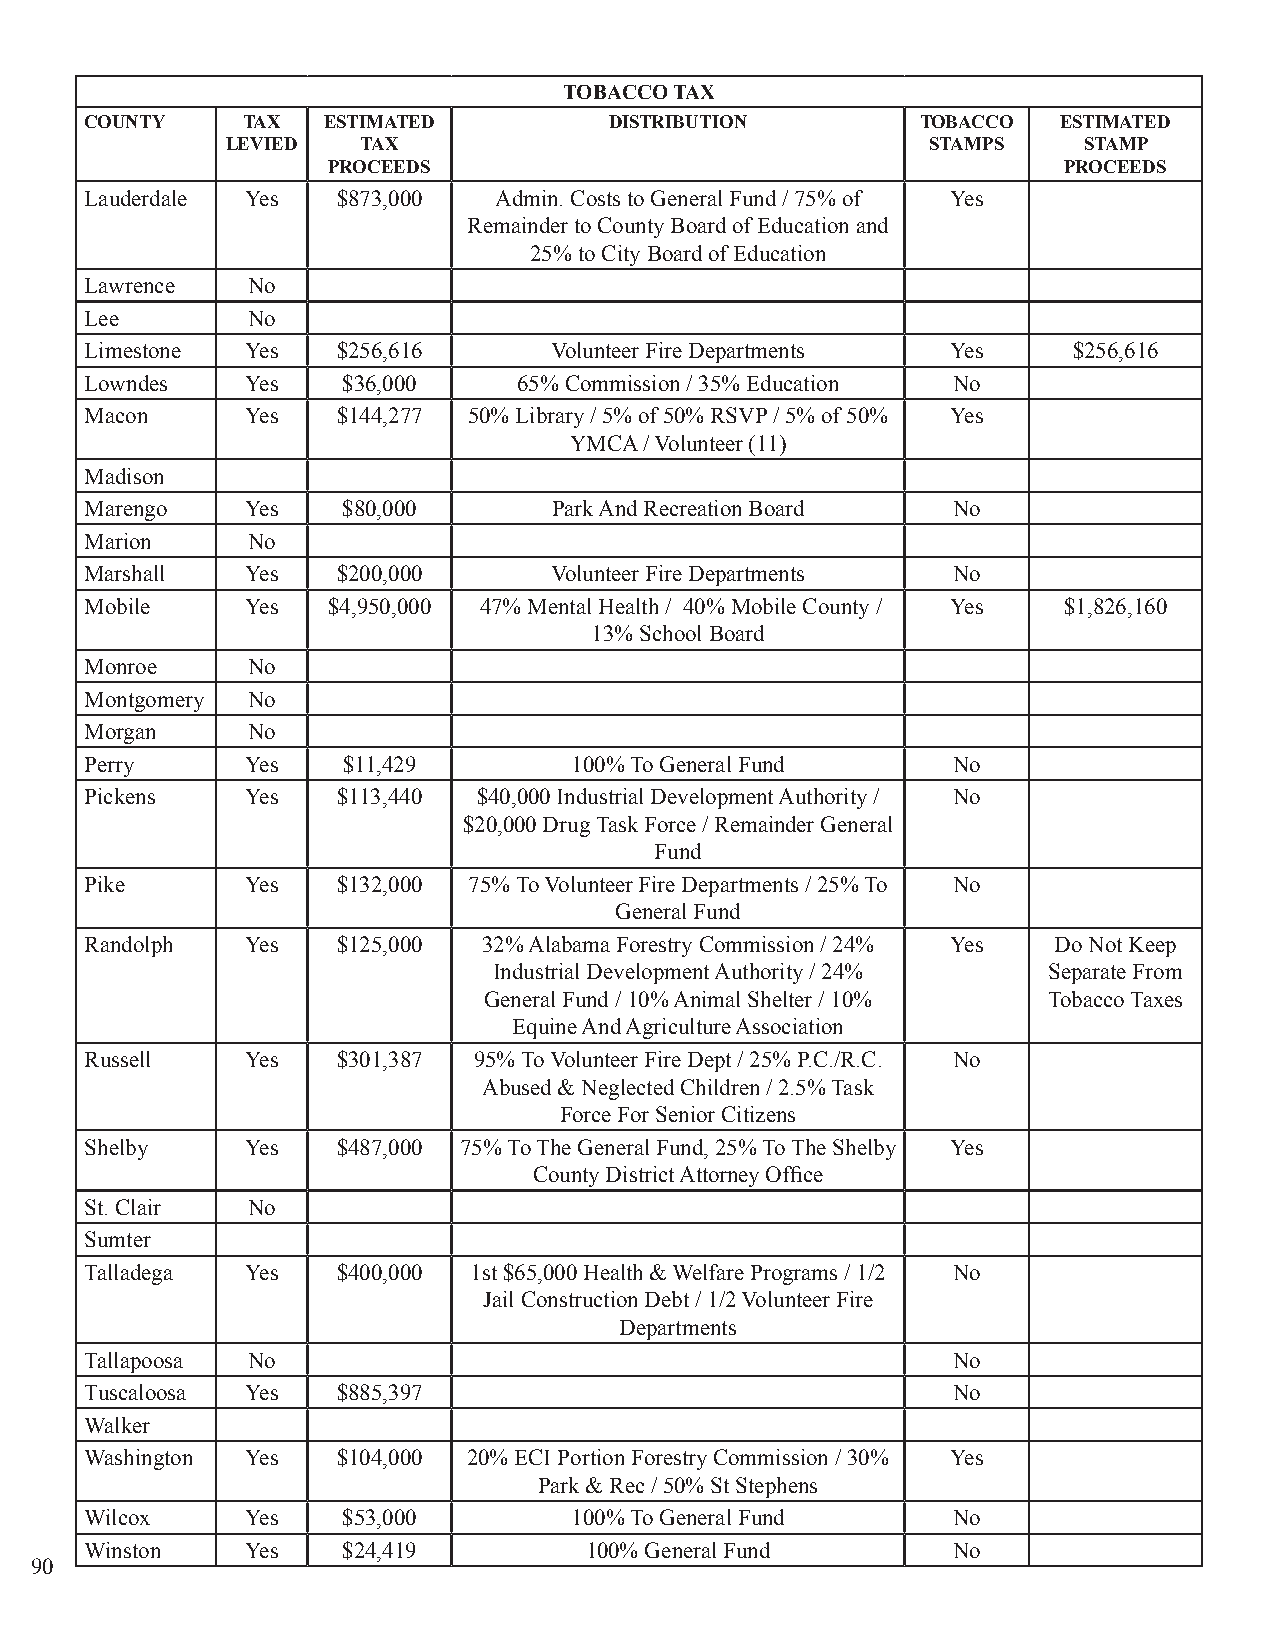
TOBACCO TAX
 COUNTY    TAX  ESTIMATED          DISTRIBUTION         TOBACCO  ESTIMATED
 LEVIED   TAX                                   STAMPS    STAMP
 PROCEEDS                                        PROCEEDS
 Lauderdale Yes  $873,000   Admin. Costs to General Fund / 75% of Yes
 Remainder to County Board of Education and
 25% to City Board of Education
 Lawrence  No
 Lee       No
 Limestone Yes   $256,616      Volunteer Fire Departments Yes     $256,616
 Lowndes   Yes    $36,000    65% Commission / 35% Education No
 Macon     Yes   $144,277 50% Library / 5% of 50% RSVP / 5% of 50% Yes
 YMCA / Volunteer (11)
 Madison
 Marengo   Yes    $80,000       Park And Recreation Board No
 Marion    No
 Marshall  Yes   $200,000      Volunteer Fire Departments No
 Mobile    Yes   $4,950,000 47% Mental Health / 40% Mobile County / Yes $1,826,160
 13% School Board
 Monroe    No
 Montgomery No
 Morgan    No
 Perry     Yes    $11,429        100% To General Fund     No
 Pickens   Yes   $113,440  $40,000 Industrial Development Authority / No
 $20,000 Drug Task Force / Remainder General
 Fund
 Pike      Yes   $132,000 75% To Volunteer Fire Departments / 25% To No
 General Fund
 Randolph  Yes   $125,000  32% Alabama Forestry Commission / 24% Yes Do Not Keep
 Industrial Development Authority / 24% Separate From
 General Fund / 10% Animal Shelter / 10% Tobacco Taxes
 Equine And Agriculture Association
 Russell   Yes   $301,387 95% To Volunteer Fire Dept / 25% P.C./R.C. No
 Abused & Neglected Children / 2.5% Task
 Force For Senior Citizens
 Shelby    Yes   $487,000 75% To The General Fund, 25% To The Shelby Yes
 County District Attorney Office
 St. Clair No
 Sumter
 Talladega Yes   $400,000 1st $65,000 Health & Welfare Programs / 1/2 No
 Jail Construction Debt / 1/2 Volunteer Fire
 Departments
 Tallapoosa No                                            No
 Tuscaloosa Yes  $885,397                                 No
 Walker
 Washington Yes  $104,000 20% ECI Portion Forestry Commission / 30% Yes
 Park & Rec / 50% St Stephens
 Wilcox    Yes    $53,000        100% To General Fund     No
 Winston   Yes    $24,419         100% General Fund       No
 90